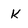
Character: k